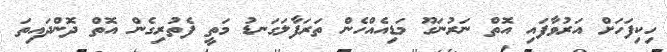
ހިކިފަހަށް އަރުވާފައި އޮތް ނަރުނަގޫ މަޑިއެއްހެން ތަރަފާލަގަނޑު މަތީ ފެތުރިގެން އޮތް ދޮންދައިތަ